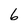
Character: 6